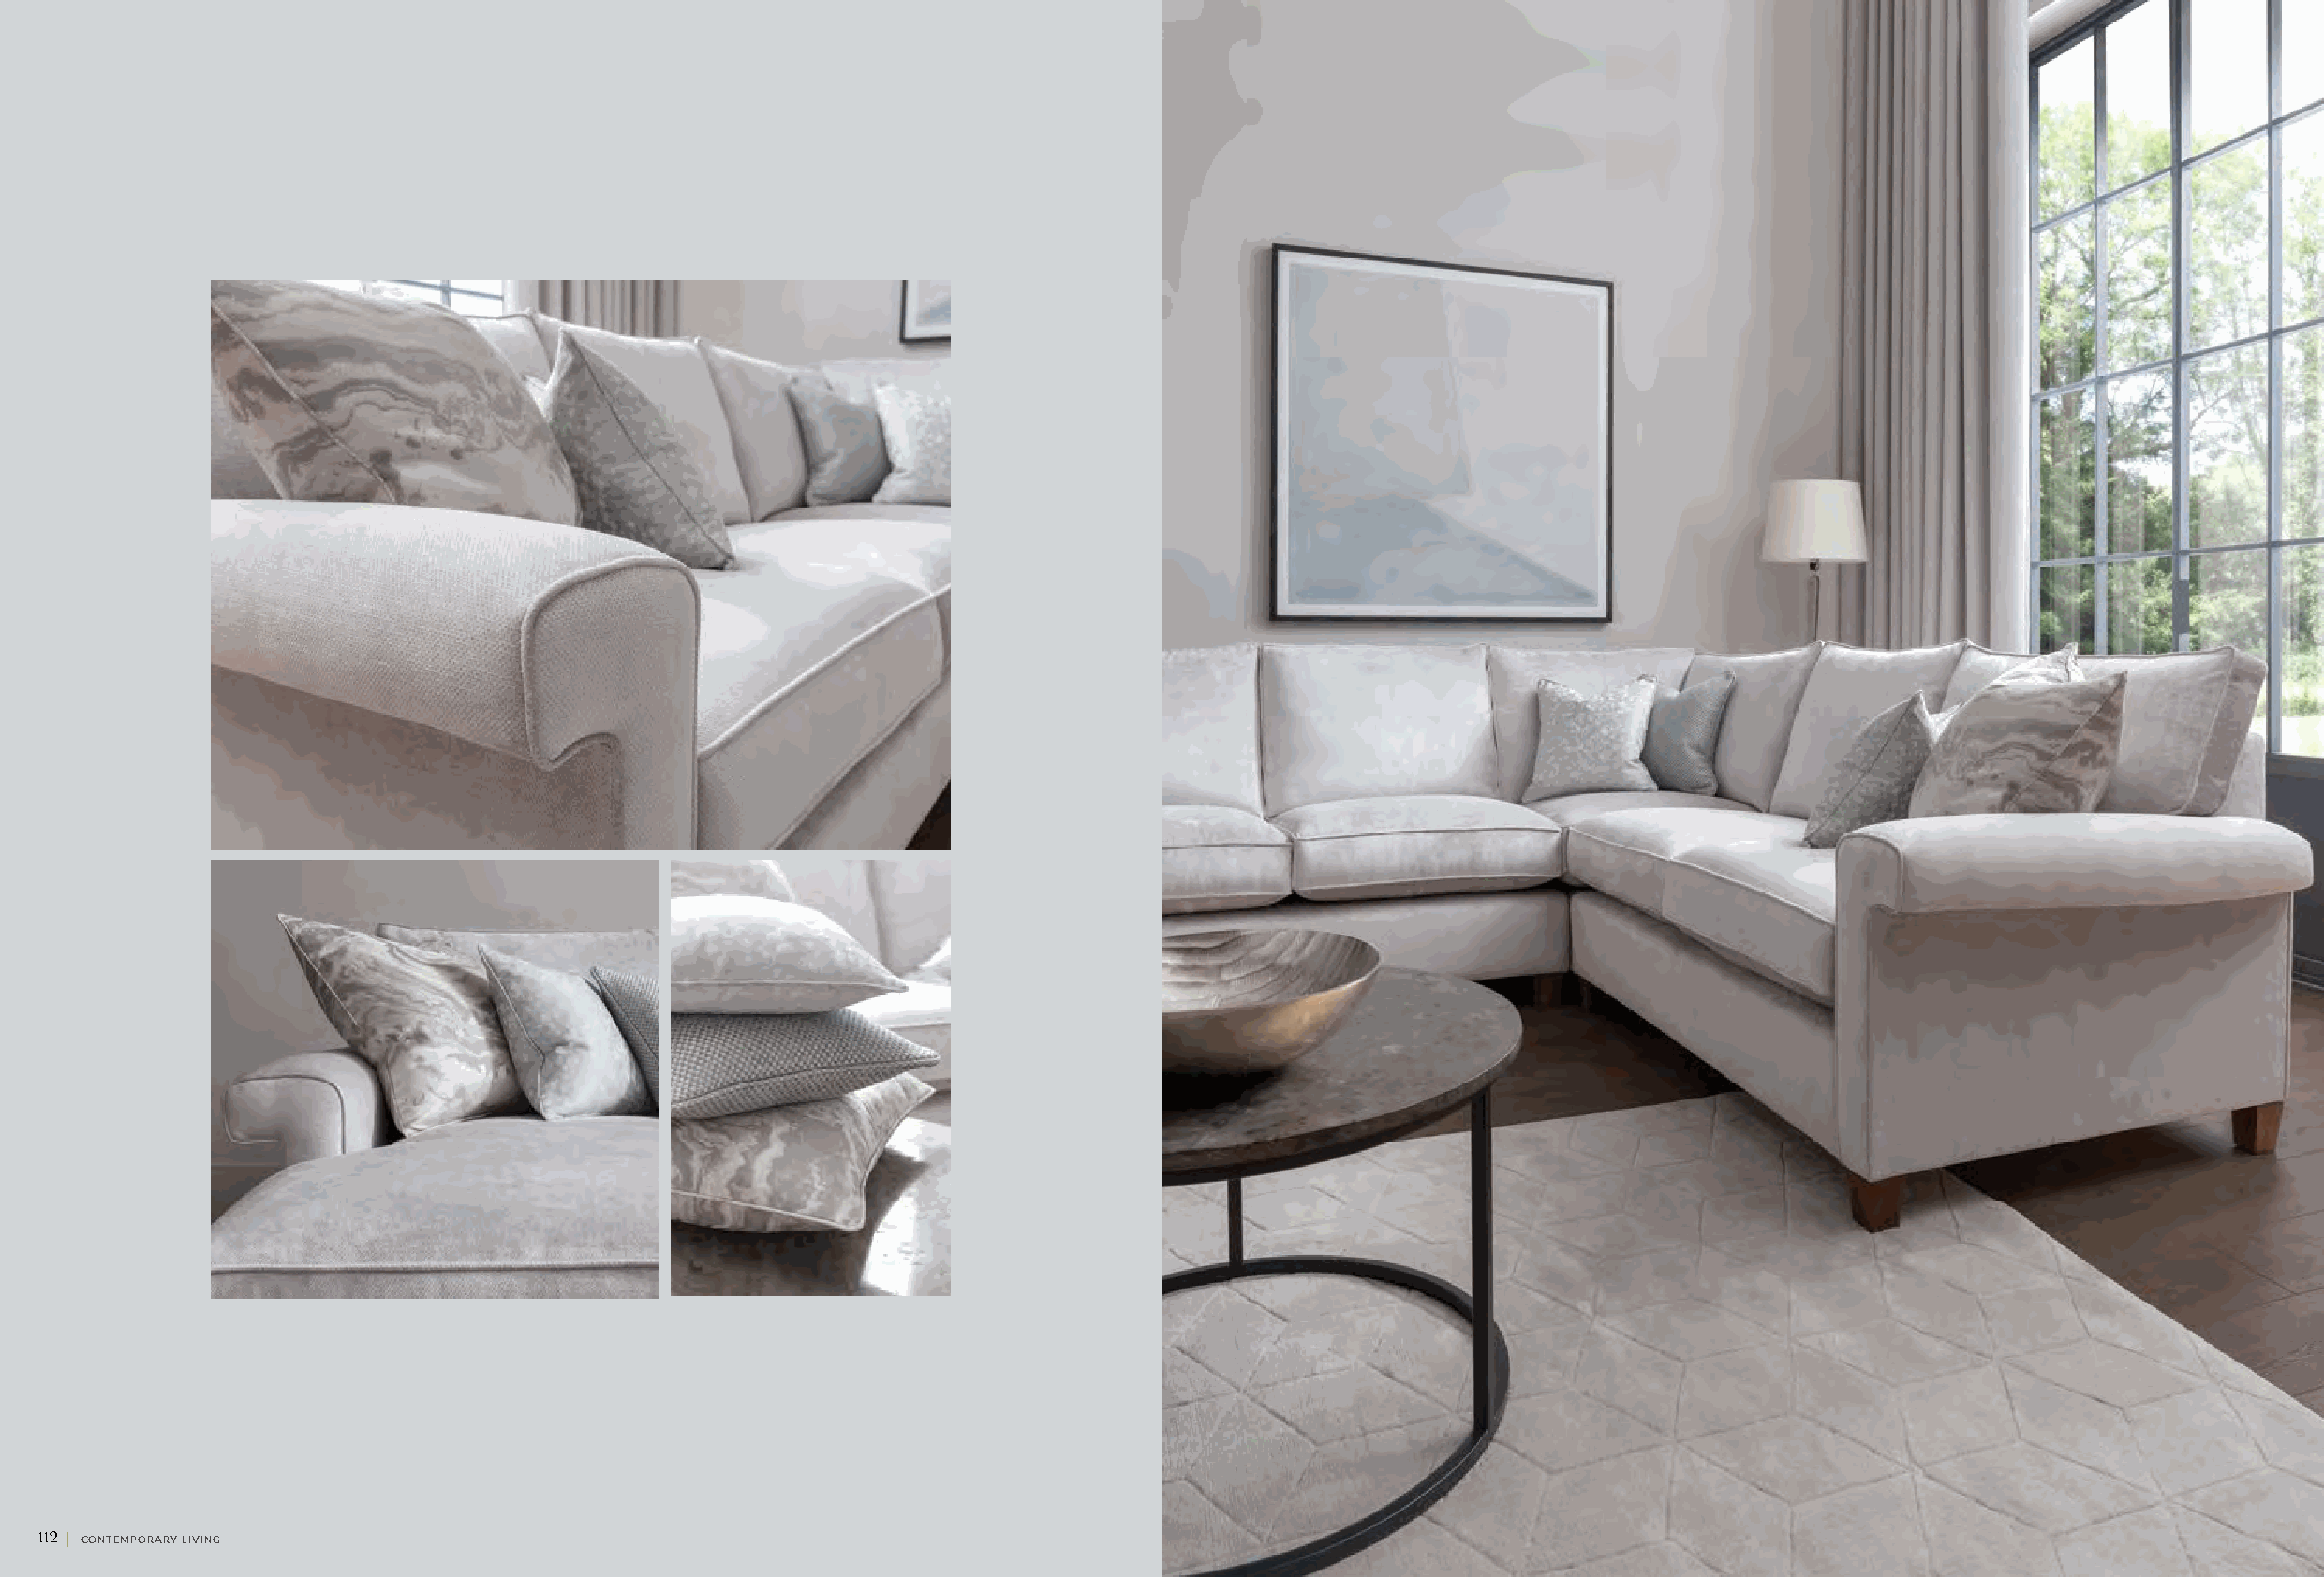
112 || CONTEMPORARY LIVING                                                                                                                        CONTEMPORARY LIVING || 113